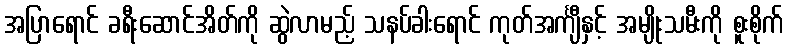
အပြာရောင် ခရီးဆောင်အိတ်ကို ဆွဲလာမည့် သနပ်ခါးရောင် ကုတ်အင်္ကျီနှင့် အမျိုးသမီးကို စူးစိုက်